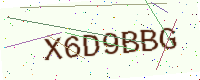
Text: X6D9BBG